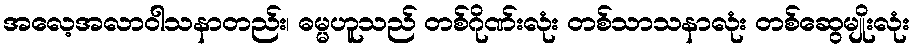
အလေ့အလာဝါသနာတည်း၊ ဓမ္မဟူသည် တစ်ဂိုဏ်းလုံး တစ်သာသနာလုံး တစ်ဆွေမျိုးလုံး